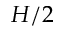
H / 2